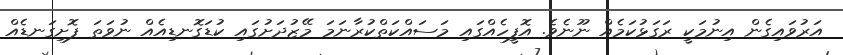
އަރުވައިގެން އިނުމަކީ ރަގަޅުކަމެއް ނޫނެވެ. އޮފީހެއްގައި މަސައްކަތްކުރާނަމަ މޭޒުދަށުގައި ކުޑަގޮނޑިއެއް ނުވަތަ ފޮށިގަނޑެއް